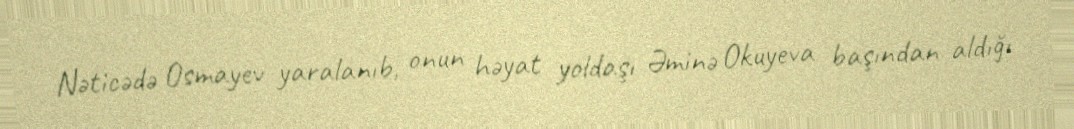
Nəticədə Osmayev yaralanıb, onun həyat yoldaşı Əminə Okuyeva başından aldığı